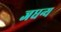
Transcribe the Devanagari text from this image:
जधन्य